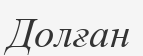
Долған